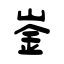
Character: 崟